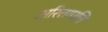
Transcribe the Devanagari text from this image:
अरित्तापत्ति